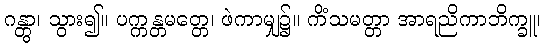
ဂန္တွာ၊ သွား၍။ ပက္ကန္တမတ္တေ၊ ဖဲကာမျှ၌။ ကိံသမတ္တာ အာရညိကာဘိက္ခူ၊